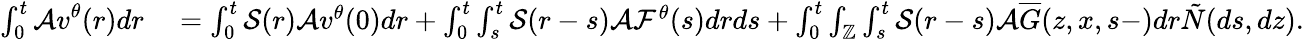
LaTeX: \begin{array}{rl}{\int_{0}^{t}\mathcal{A}\displaystyle v^{\theta}(r)dr}&{{}=\int_{0}^{t}\mathcal{S}(r)\mathcal{A}v^{\theta}(0)dr+\int_{0}^{t}\int_{s}^{t}\mathcal{S}(r-s)\mathcal{A}\mathcal{F}^{\theta}(s)drds+\int_{0}^{t}\int_{\mathbb{Z}}\int_{s}^{t}\mathcal{S}(r-s)\mathcal{A}\overline{{G}}(z,x,s-)dr\tilde{N}(ds,dz).}\end{array}